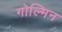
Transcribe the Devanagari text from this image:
गोल्मिन